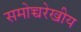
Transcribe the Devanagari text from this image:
समोच्चरेखीय